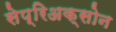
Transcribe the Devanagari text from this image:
सेप्रिअक्सोन